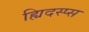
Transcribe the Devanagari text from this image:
ह्यिदस्प्स